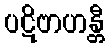
ပဋိဗာဟန္တီ